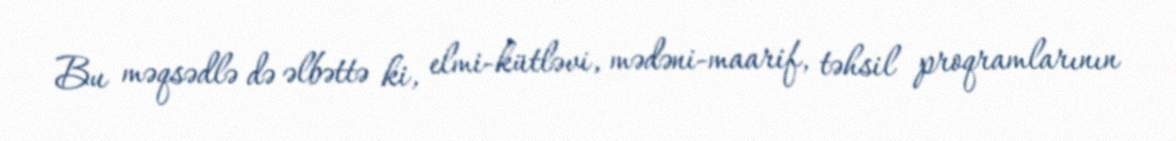
Bu məqsədlə də əlbəttə ki, elmi-kütləvi, mədəni-maarif, təhsil proqramlarının